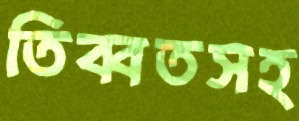
তিব্বতসহ